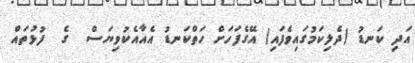
އަދި ކަނޑު (ދެލިކަމުގައިވެފައި) އޭގެފަހަށް ހަތްކަނޑު އެއާއެކުވިޔަސް  ގެ  ފުޅުތައް